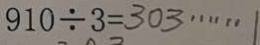
9 1 0 \div 3 = 3 0 3 \cdots 1